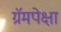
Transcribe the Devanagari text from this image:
ग्रॅमपेक्षा